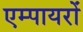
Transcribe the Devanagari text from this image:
एम्पायरों